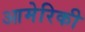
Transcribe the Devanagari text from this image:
आमेरिकी